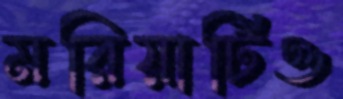
মরিয়ার্টিও